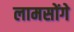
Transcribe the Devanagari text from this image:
लामसोंगे